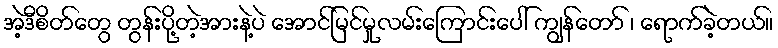
အဲ့ဒီစိတ်တွေ တွန်းပို့တဲ့အားနဲ့ပဲ အောင်မြင်မှုလမ်းကြောင်းပေါ် ကျွန်တော် ၊ ရောက်ခဲ့တယ်။